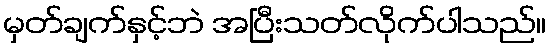
မှတ်ချက်နှင့်ဘဲ အပြီးသတ်လိုက်ပါသည်။